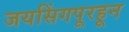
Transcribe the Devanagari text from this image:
जयसिंगपूरहून